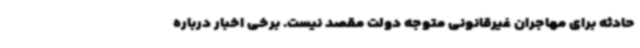
حادثه برای مهاجران غیرقانونی متوجه دولت مقصد نیست. برخی اخبار درباره